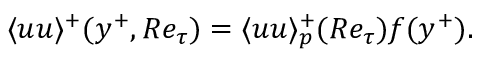
\langle u u \rangle ^ { + } ( y ^ { + } , R e _ { \tau } ) = \langle u u \rangle _ { p } ^ { + } ( R e _ { \tau } ) f ( y ^ { + } ) .